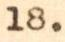
18.